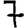
Digit: 7